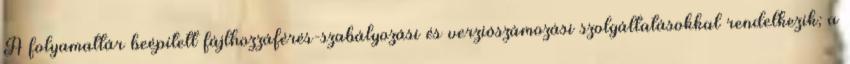
A folyamattár beépített fájlhozzáférés-szabályozási és verziószámozási szolgáltatásokkal rendelkezik; a